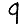
Digit: 9